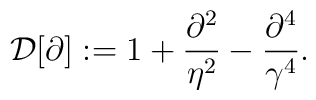
{\cal D}[\partial] := 1 + {\partial^2 \over \eta^2} - {\partial^4 \over \gamma^4} .